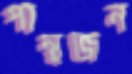
পান্থজন